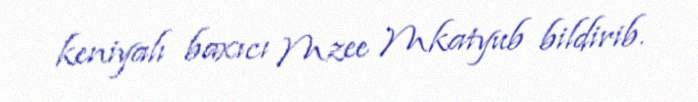
keniyalı baxıcı Mzee Mkatyub bildirib.